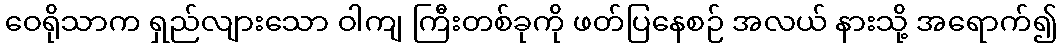
ဝေရိုသာက ရှည်လျားသော ဝါကျ ကြီးတစ်ခုကို ဖတ်ပြနေစဉ် အလယ် နားသို့ အရောက်၍